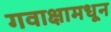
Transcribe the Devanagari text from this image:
गवाक्षामधून